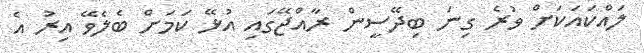
ލައްކައަކަށް ވުރެ ގިނަ ބިދޭސީން ރާއްޖޭގައި އުޅޭ ކަމަށް ބެލެވޭ އިރު އެ